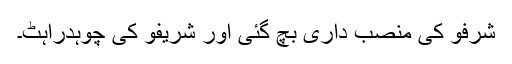
شرفو کی منصب داری بچ گئی اور شریفو کی چوہدراہٹ۔